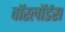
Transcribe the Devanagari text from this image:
वाॅरलाॅर्डस